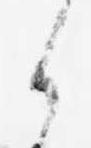
ら